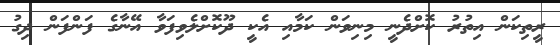
ރީތިކަން އިތުރު ކޮށްދެނީ މިނިވަން ކަމާއި އެކީ ދޫކޮށްލެވިފަވާ އޭނާގެ ފަންފަން ދިގު